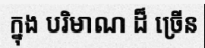
ក្នុង បរិមាណ ដ៏ ច្រើន